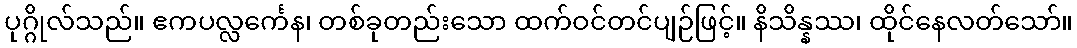
ပုဂ္ဂိုလ်သည်။ ဧကပလ္လင်္ကေန၊ တစ်ခုတည်းသော ထက်ဝင်တင်ပျဉ်ဖြင့်။ နိသိန္နဿ၊ ထိုင်နေလတ်သော်။